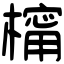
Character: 橣